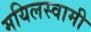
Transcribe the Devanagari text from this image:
मयिलस्वामी